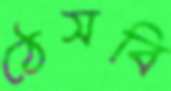
ঠেসবি